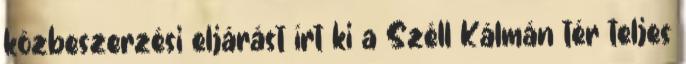
közbeszerzési eljárást írt ki a Széll Kálmán tér teljes